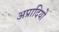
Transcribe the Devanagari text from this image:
अप्रादियो